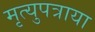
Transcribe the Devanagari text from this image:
मृत्युपत्राया